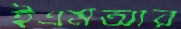
ইএমআর